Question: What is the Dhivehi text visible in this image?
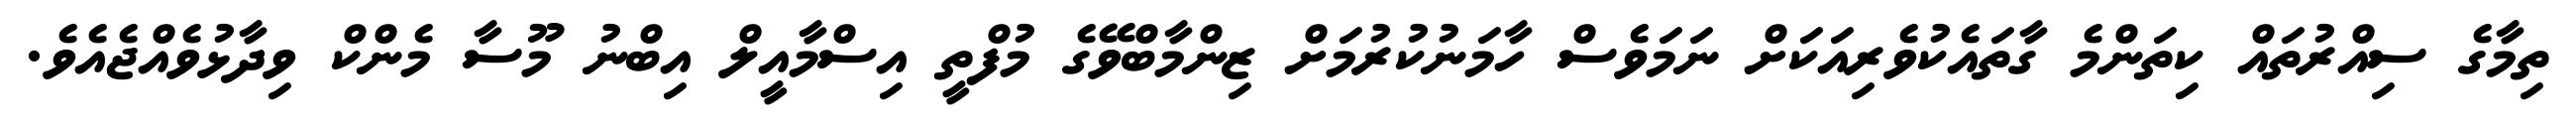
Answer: ތިމާގެ ސިއްރުތައް ކިތަންމެ ގާތައެކުވެރިއަކަށް ނަމަވެސް ހާމަނުކުރުމަށް ޒިންމާބްވޭގެ މުފްތީ އިސްމާއީލް އިބްނު މޫސާ މެންކް ވިދާޅުވެއްޖެއެވެ.